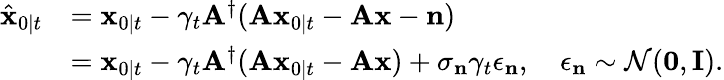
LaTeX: \begin{array}{rl}{\hat{\mathbf{x}}_{0\mid t}}&{=\mathbf{x}_{0\mid t}-\gamma_{t}\mathbf{A}^{\dagger}(\mathbf{A}\mathbf{x}_{0\mid t}-\mathbf{A}\mathbf{x}-\mathbf{n})}\\ &{=\mathbf{x}_{0\mid t}-\gamma_{t}\mathbf{A}^{\dagger}(\mathbf{A}\mathbf{x}_{0\mid t}-\mathbf{A}\mathbf{x})+\sigma_{\mathbf{n}}\gamma_{t}\epsilon_{\mathbf{n}},\quad\epsilon_{\mathbf{n}}\sim\mathcal{N}(\mathbf{0},\mathbf{I}).}\end{array}